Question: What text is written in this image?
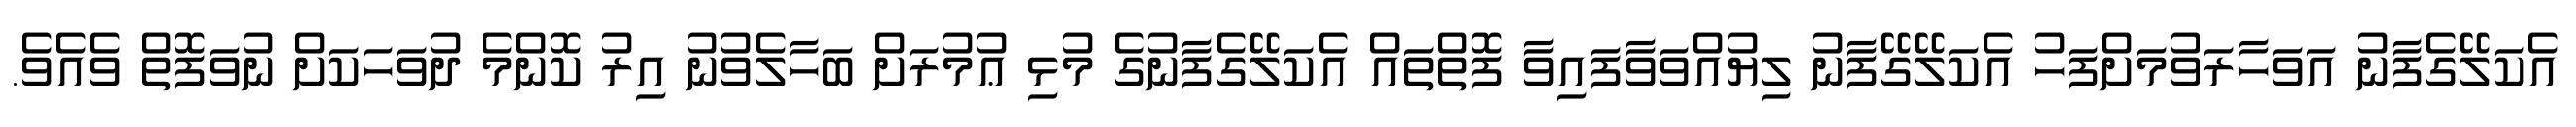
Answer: އެކަލޭގެފާނު އަވަހާރަވުމަށްފަހު އެކަލޭގޭފާނު ލިޔުއްވަވާފައިވާ ފޮތްތައް އެކަލޭގެފާނުގެ މުޅި ޢުމުރަށް ބަހާލެވުނު އިރު ކޮންމެ ދުވަހަކަށް ނުވަފޮތް ވެއެވެ.